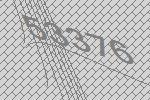
53376